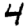
Digit: 4